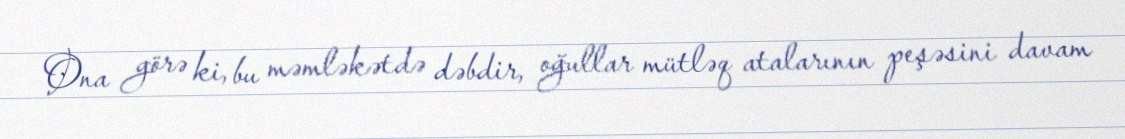
Ona görə ki, bu məmləkətdə dəbdir, oğullar mütləq atalarının peşəsini davam